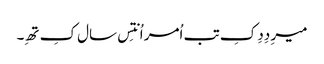
میرِ دِدِ کِ تب اُمر اُنتِس سال کِ تھِ۔